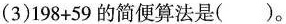
(3) $$1 9 8+5 9$$的简便算法是()。